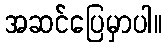
အဆင်ပြေမှာပါ။